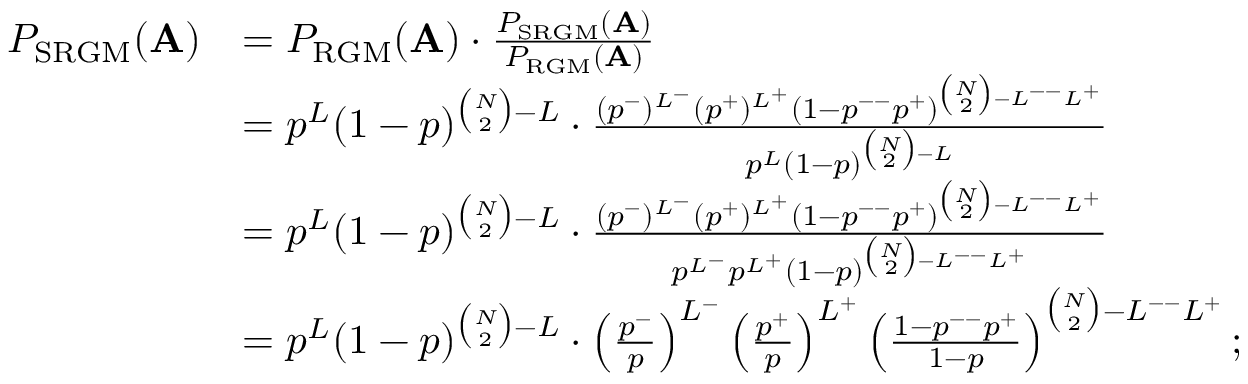
\begin{array} { r l } { P _ { \mathrm { S R G M } } ( \mathbf { A } ) } & { = P _ { \mathrm { R G M } } ( \mathbf { A } ) \cdot \frac { P _ { \mathrm { S R G M } } ( \mathbf { A } ) } { P _ { \mathrm { R G M } } ( \mathbf { A } ) } } \\ & { = p ^ { L } ( 1 - p ) ^ { \binom { N } { 2 } - L } \cdot \frac { ( p ^ { - } ) ^ { L ^ { - } } ( p ^ { + } ) ^ { L ^ { + } } ( 1 - p ^ { -- } p ^ { + } ) ^ { \binom { N } { 2 } - L ^ { -- } L ^ { + } } } { p ^ { L } ( 1 - p ) ^ { \binom { N } { 2 } - L } } } \\ & { = p ^ { L } ( 1 - p ) ^ { \binom { N } { 2 } - L } \cdot \frac { ( p ^ { - } ) ^ { L ^ { - } } ( p ^ { + } ) ^ { L ^ { + } } ( 1 - p ^ { -- } p ^ { + } ) ^ { \binom { N } { 2 } - L ^ { -- } L ^ { + } } } { p ^ { L ^ { - } } p ^ { L ^ { + } } ( 1 - p ) ^ { \binom { N } { 2 } - L ^ { -- } L ^ { + } } } } \\ & { = p ^ { L } ( 1 - p ) ^ { \binom { N } { 2 } - L } \cdot \left( \frac { p ^ { - } } { p } \right) ^ { L ^ { - } } \left( \frac { p ^ { + } } { p } \right) ^ { L ^ { + } } \left( \frac { 1 - p ^ { -- } p ^ { + } } { 1 - p } \right) ^ { \binom { N } { 2 } - L ^ { -- } L ^ { + } } ; } \end{array}